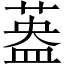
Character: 𱾄